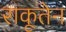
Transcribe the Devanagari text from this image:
राकूतेन